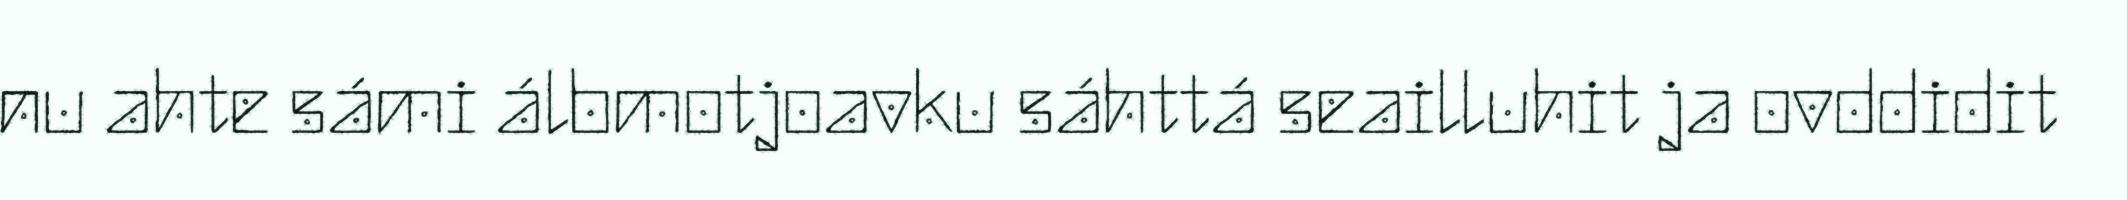
nu ahte sámi álbmotjoavku sáhttá seailluhit ja ovddidit